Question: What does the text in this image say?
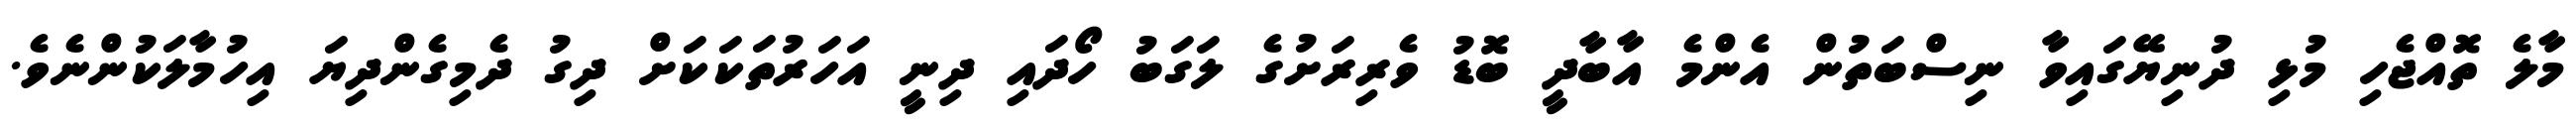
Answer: މާލެ ތޮއްޖެހި މުޅި ދުނިޔޭގައިވާ ނިސްބަތުން އެންމެ އާބާދީ ބޮޑު ވެރިރަށުގެ ލަގަބު ހޯދައި ދިނީ އަހަރުތަކަކަށް ދިގު ދެމިގެންދިޔަ އިހުމާލަކުންނެވެ.